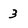
Character: 3